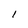
Character: l